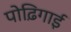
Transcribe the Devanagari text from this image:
पोढ़िगाई